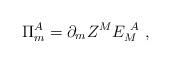
LaTeX: \begin{align*}\Pi^A_m =\partial_m Z^M E_M^{~A}~, \end{align*}